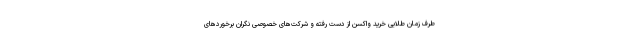
طرف زمان طلایی خرید واکسن از دست رفته و شرکت‌های خصوصی نگران برخوردهای